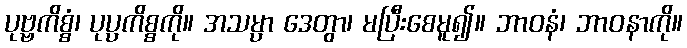
ပုဗ္ဗကိစ္စံ၊ ပုပ္ပကိစ္စကို။ အသမ္ပာ ဒေတွာ၊ မပြီးစေမူ၍။ ဘာဝနံ၊ ဘာဝနာကို။